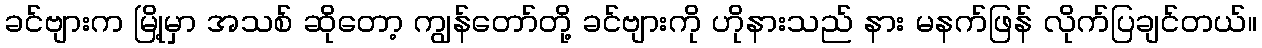
ခင်ဗျားက မြို့မှာ အသစ် ဆိုတော့ ကျွန်တော်တို့ ခင်ဗျားကို ဟိုနားသည် နား မနက်ဖြန် လိုက်ပြချင်တယ်။